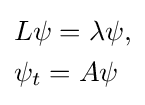
{\begin{aligned}&L\psi =\lambda \psi ,\\&\psi _{t}=A\psi \end{aligned}}